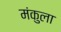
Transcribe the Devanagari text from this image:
मंकुला